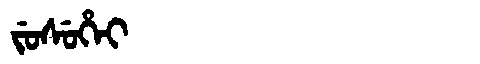
Manchu: ᠵᡠᠰᡠᡥᡝᡳ
Romanization: JUSUHEI